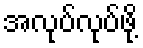
အလုပ်လုပ်ဖို့